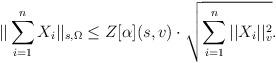
LaTeX: \begin{align*} ||\sum_{i=1}^n X_i||_{s,\Omega} \le Z[\alpha](s,v) \cdot \sqrt{ \sum_{i=1}^n ||X_i||_v^2}.\end{align*}